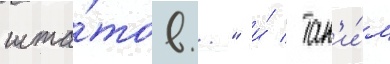
шта́тов..." и́ / так'и́м